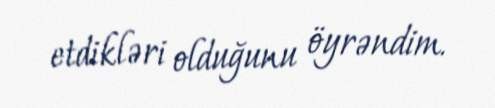
etdikləri olduğunu öyrəndim.